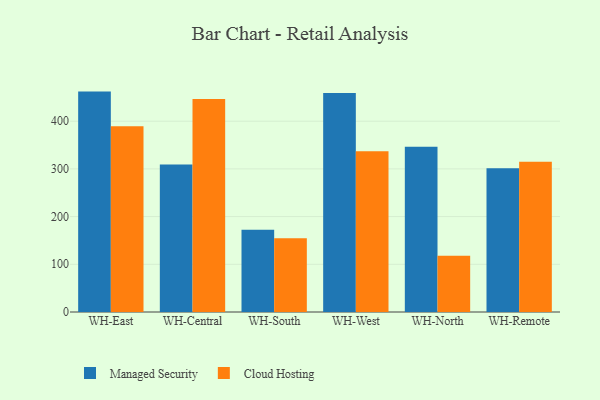
{"axis": {"x": "Warehouse", "y": "Energy Usage (MWh)"}, "legend": ["Cloud Hosting", "Managed Security"], "data": [{"x": "WH-East", "y": 462.0, "type": "Managed Security"}, {"x": "WH-East", "y": 389.5, "type": "Cloud Hosting"}, {"x": "WH-Central", "y": 309.1, "type": "Managed Security"}, {"x": "WH-Central", "y": 446.7, "type": "Cloud Hosting"}, {"x": "WH-South", "y": 172.5, "type": "Managed Security"}, {"x": "WH-South", "y": 154.7, "type": "Cloud Hosting"}, {"x": "WH-West", "y": 459.0, "type": "Managed Security"}, {"x": "WH-West", "y": 337.1, "type": "Cloud Hosting"}, {"x": "WH-North", "y": 346.3, "type": "Managed Security"}, {"x": "WH-North", "y": 117.9, "type": "Cloud Hosting"}, {"x": "WH-Remote", "y": 301.3, "type": "Managed Security"}, {"x": "WH-Remote", "y": 314.9, "type": "Cloud Hosting"}]}